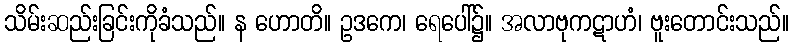
သိမ်းဆည်းခြင်းကိုခံသည်။ န ဟောတိ။ ဥဒကေ၊ ရေပေါ်၌။ အလာဗုကဋာဟံ၊ ဗူးတောင်းသည်။